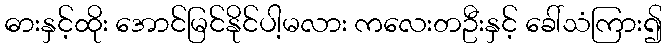
ဓားနှင့်ထိုး အောင်မြင်နိုင်ပါ့မလား ကလေးတဦးနှင့် ခေါ်သံကြား၍